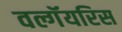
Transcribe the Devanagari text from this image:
वल्गॅयरिस